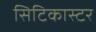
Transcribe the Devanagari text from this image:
सिटिकास्टर